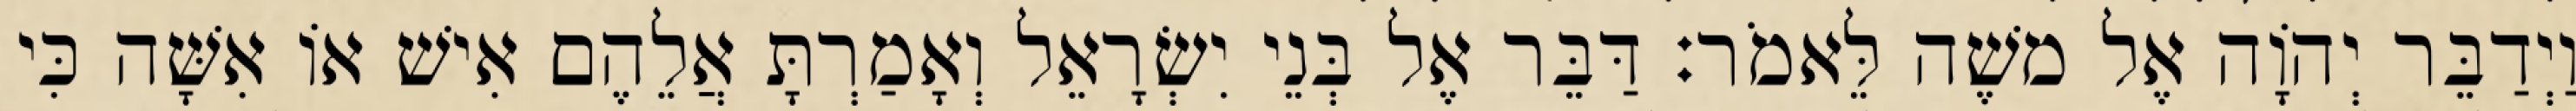
וַיְדַבֵּר יְהוָֹה אֶל משֶׁה לֵּאמֹר׃ דַּבֵּר אֶל בְּנֵי יִשְׂרָאֵל וְאָמַרְתָּ אֲלֵהֶם אִישׁ אוֹ אִשָּׁה כִּי